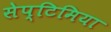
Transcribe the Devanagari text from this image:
सेप्टिमिया